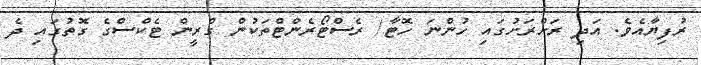
ރުފިޔާއެވެ. އަދި ރަށްރަށުގައި ހުންނަ ހޮޓާ/ ރެސްޓޯރެންޓްތަކުން ގްރީން ޓެކްސްގެ ގޮތުގައި ދެ